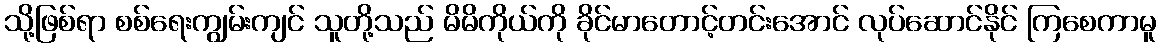
သို့ဖြစ်ရာ စစ်ရေးကျွမ်းကျင် သူတို့သည် မိမိကိုယ်ကို ခိုင်မာတောင့်တင်းအောင် လုပ်ဆောင်နိုင် ကြစေကာမူ